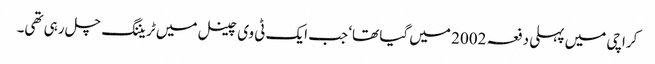
کراچی میں پہلی دفعہ 2002 میں گیا تھا‘ جب ایک ٹی وی چینل میں ٹریننگ چل رہی تھی۔